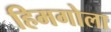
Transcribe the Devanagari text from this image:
हिमगोला